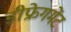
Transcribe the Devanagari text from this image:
डीफ्रेगमेंट